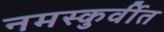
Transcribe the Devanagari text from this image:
नमस्कुर्वीत